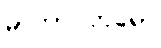
မာတာပိတရော